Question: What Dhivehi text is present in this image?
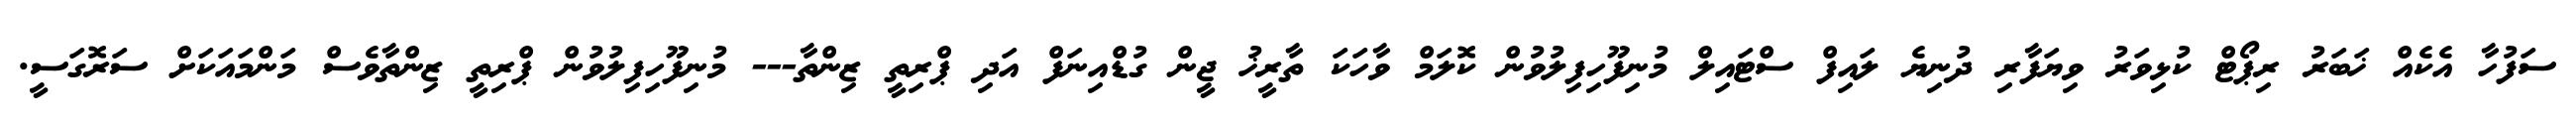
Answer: ސަފުހާ އެކެއް ޚަބަރު ރިޕޯޓް ކުޅިވަރު ވިޔަފާރި ދުނިޔެ ލައިފް ސްޓައިލް މުނިފޫހިފިލުވުން ކޮލަމް ވާހަކަ ތާރީޚު ޖީން ގުޑްއިނަފް އަދި ޕްރިތީ ޒިންތާ--- މުނިފޫހިފިލުވުން ޕްރިތީ ޒިންތާވެސް މަންމައަކަށް ސަރޮގަސީ.